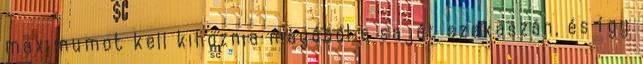
maximumot kell kihoznia magából a saját szakaszán, és így